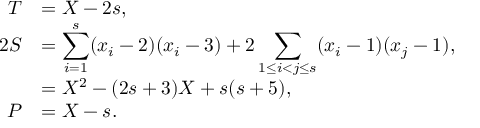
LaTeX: \begin{array} { r l } { { T } } & { { = X - 2 s , } } \\ { { 2 S } } & { { = \displaystyle \sum _ { i = 1 } ^ { s } ( x _ { i } - 2 ) ( x _ { i } - 3 ) + 2 \sum _ { 1 \le i < j \le s } ( x _ { i } - 1 ) ( x _ { j } - 1 ) , } } \\ { { } } & { { = X ^ { 2 } - ( 2 s + 3 ) X + s ( s + 5 ) , } } \\ { { P } } & { { = X - s . } } \end{array}